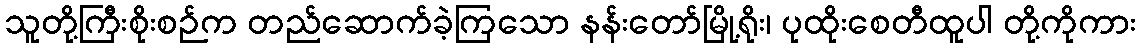
သူတို့ကြီးစိုးစဉ်က တည်ဆောက်ခဲ့ကြသော နန်းတော်မြို့ရိုး၊ ပုထိုးစေတီထူပါ တို့ကိုကား